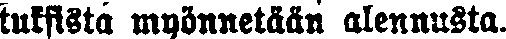
tuksista myönnetään alennusta.